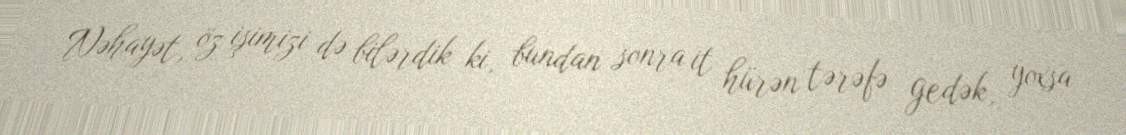
Nəhayət, öz işimizi də bilərdik ki, bundan sonra it hürən tərəfə gedək, yoxsa